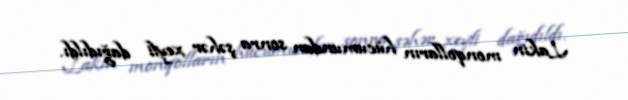
Lakin monqolların hücumundan sonra şəhər xeyli dağıdıldı.